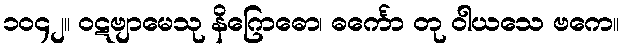
၁၀၄၂။ ဝဋဗျာမေသု နိဂြောဓော၊ ဓင်္ကော တု ဝါယသေ ဗကေ။